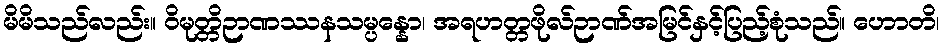
မိမိသည်လည်း။ ဝိမုတ္တိဉာဏဿနသမ္ပန္နော၊ အရဟတ္တဖိုလ်ဉာဏ်အမြင်နှင့်ပြည့်စုံသည်။ ဟောတိ၊